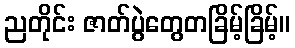
ညတိုင်း ဇာတ်ပွဲတွေတခြိမ့်ခြိမ့်။